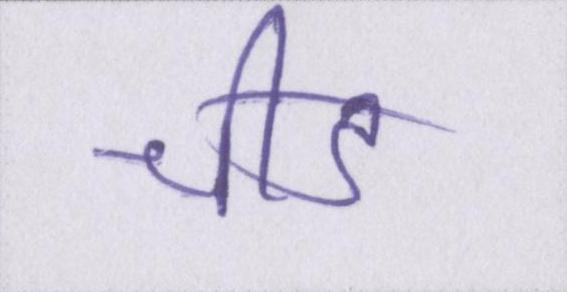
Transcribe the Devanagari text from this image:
चीड